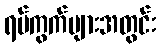
ရပ်ကွက်များအတွင်း